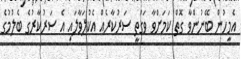
އެމީހުން ބޭނުންވާ ގޮތް ކަމަށްވާ ވަގުތީ ސަރުކާރެއް އެކުލަވާލައި އެ ސަރުކާރުގެ ބެލުމުގެ